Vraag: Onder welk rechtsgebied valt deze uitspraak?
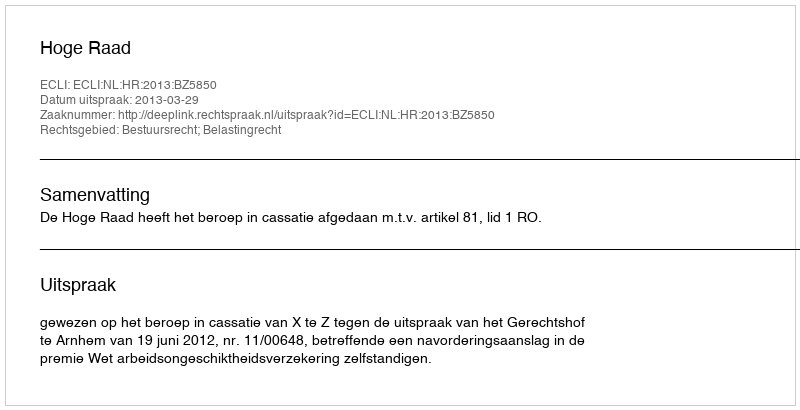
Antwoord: Bestuursrecht; Belastingrecht